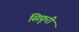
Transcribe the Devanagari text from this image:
सिफ़ुरी